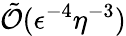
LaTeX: \tilde{\mathcal{O}}(\epsilon^{-4}\eta^{-3})